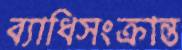
ব্যাধিসংক্রান্ত